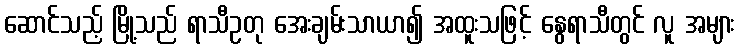
ဆောင်သည့် မြို့သည် ရာသီဥတု အေးချမ်းသာယာ၍ အထူးသဖြင့် နွေရာသီတွင် လူ အများ